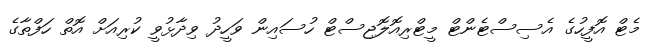
މެޓް އޮފީހުގެ އެސިސްޓެންޓް މީޓްރިއޮލޮޖިސްޓް ހުސައިން ވަހީދު ވިދާޅުވީ ކުރިއަށް އޮތް ހަފްތާގެ